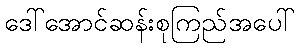
ဒေါ်အောင်ဆန်းစုကြည်အပေါ်